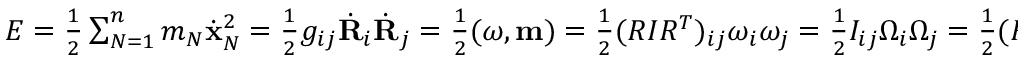
\begin{array} { r } { E = \frac 1 2 \sum _ { N = 1 } ^ { n } m _ { N } \dot { \bf x } _ { N } ^ { 2 } = \frac 1 2 g _ { i j } \dot { \bf R } _ { i } \dot { \bf R } _ { j } = \frac 1 2 ( { \boldsymbol \omega } , { \bf m } ) = \frac 1 2 ( R I R ^ { T } ) _ { i j } \omega _ { i } \omega _ { j } = \frac 1 2 I _ { i j } \Omega _ { i } \Omega _ { j } = \frac 1 2 ( R I ^ { - 1 } R ^ { T } ) _ { i j } m _ { i } m _ { j } = \frac 1 2 I _ { i j } ^ { - 1 } M _ { i } M _ { j } , } \end{array}